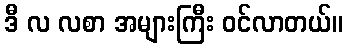
ဒီ လ လစာ အများကြီး ဝင်လာတယ်။